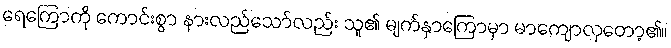
ရေကြောကို ကောင်းစွာ နားလည်သော်လည်း သူ၏ မျက်နှာကြောမှာ မာကျောလှတော့၏။